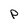
Character: p